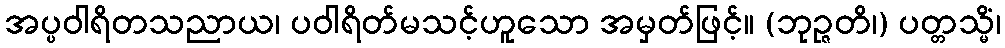
အပ္ပဝါရိတသညာယ၊ ပဝါရိတ်မသင့်ဟူသော အမှတ်ဖြင့်။ (ဘုဉ္ဇတိ၊) ပတ္တသ္မိံ၊